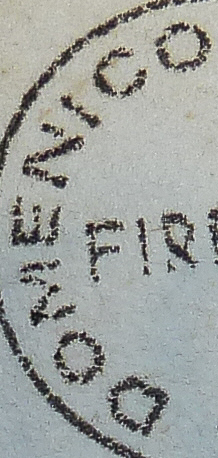
DOMENICO